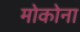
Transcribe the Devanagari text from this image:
मोकोना